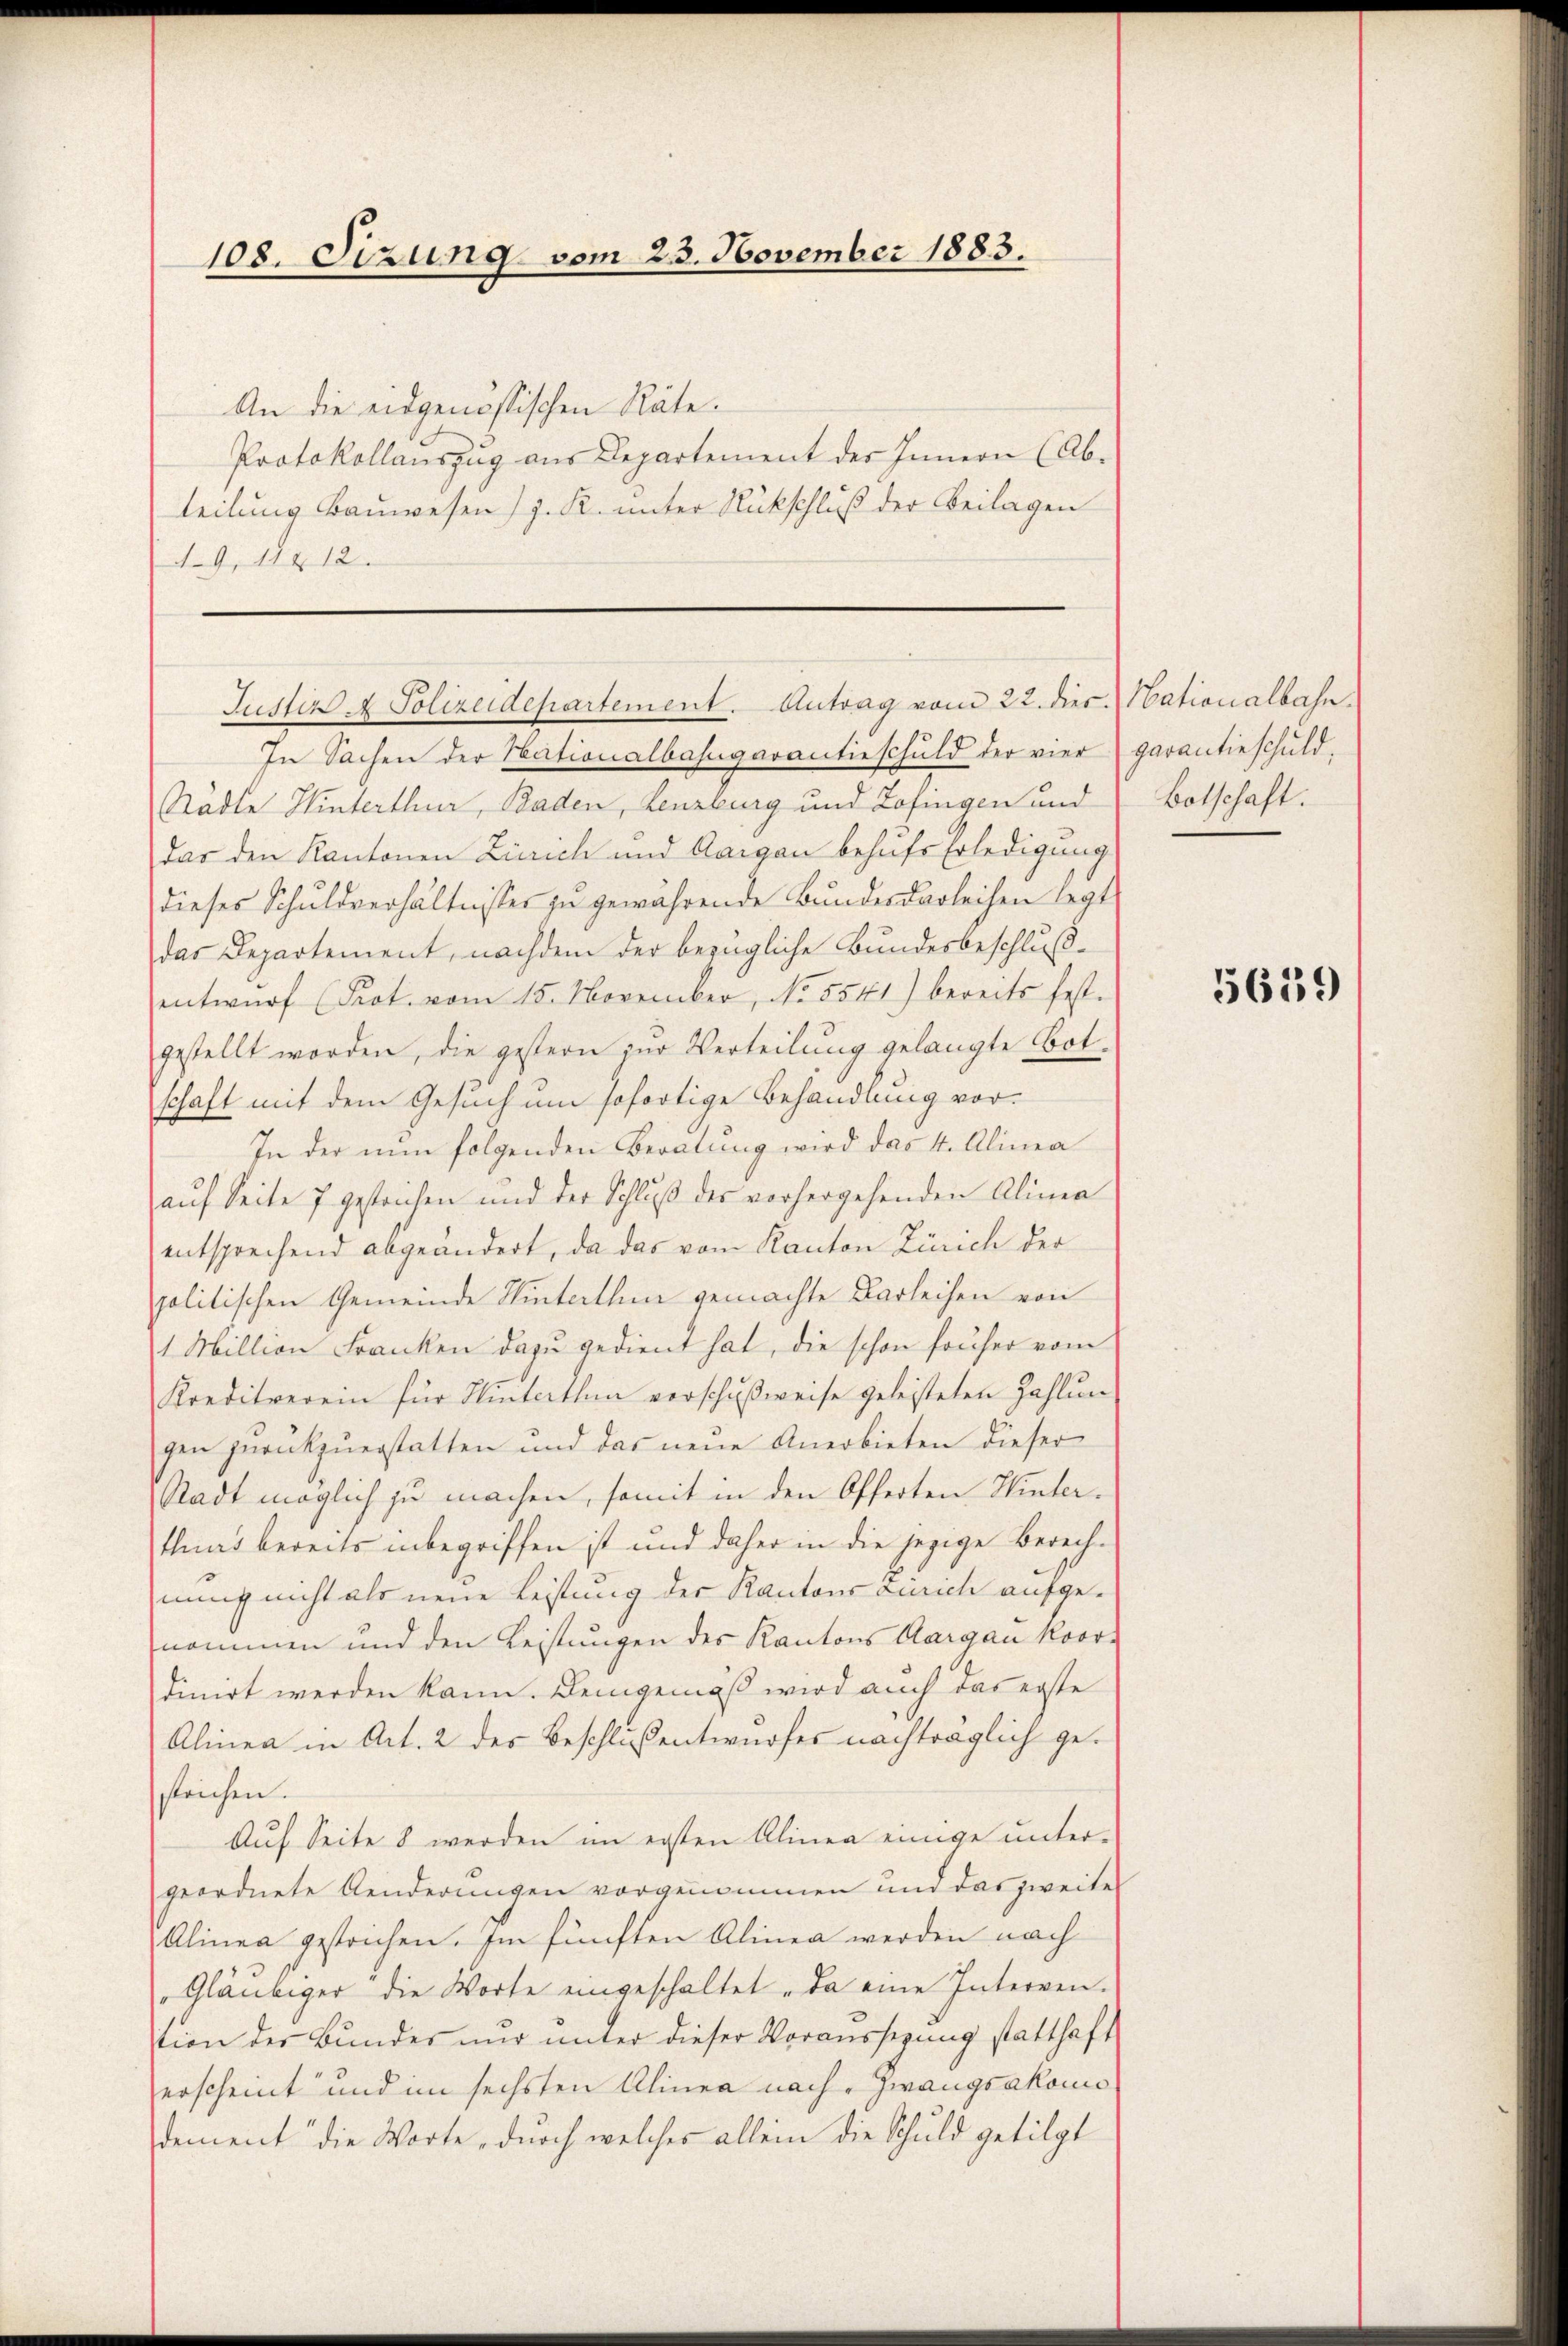
108. Sizung vom 23. November 1883.

An die eidgenössischen Räte.
Protokollaŭszŭg aŭs Departement des Innern (Ab-
teilung Bauwesen) J. K. unter Rückschluß der Beilagen
. 9, 1912.

Justiz A Polizeidepartement. Antrag vom 22. dies Nationalbahn.

In Sachen der Nationalbahngarantieschuld der vier garantieschuld,
Städte Hinterthur, Baden, Lenzburg und Zofingen und
das den Kantonen Zürich und Aargau behufs Erledigung
dieses Schuldverhältnisses zu gewährende Bundesdarleihen legt
das Departement, nachdem der bezügliche Bundesbeschlußentwŭrf (Prot. vom 15. November, No. 5541) bereits fest.
gestellt worden, die gestern zur Verteilung gelangte Botschaft mit dem Gesuch um sofortige Behandlung vor¬
In der nun folgenden Beratung wird das 4. Alinea
aŭf Seite 7 gestrichen und der Schlŭβ des vorhergehenden Alinea
entsprechend abgeändert, da das vom Kanton Zürich der
politischen Gemeinde Hinterthin gemachte Darleihen von
1 Million Franken dazu gedient hat, die schon früher vom
Kreditverein für Hinterthun verschußweise geleisteten Zahlun
gen zurückzuerstatten und das neue Anerbieten dieser
Stadt möglich zu machen, somit in den Offerten Winter-
thias bereits inbegriffen ist und daher in die jezige Berechnung nicht als neue Leistung der Kantons Zürich aufgenommen und den Leistungen des Kantons Aargau Koor-
dinirt werden kann. Demgemäß wird auch das erste
Alinea in Art. 2 des Beschlussentwurfes nachträglich gestrichen.
Auf Seite 8 werden im ersten Alinea einige unter-
geordnete Kinderungen vorgenommen und das zweiter
Alinea gestrichen. Im fünften Alinea werden nach
Gläubiger die Worte eingeschaltet da eine Interren.
tion der Bundes nur unter dieser Voraussezung statthaft
erscheint und im sechsten Alinea nach Zwangsakomodement die Worte durch welches allein die Schuld getilgt

Botschaft.

5659